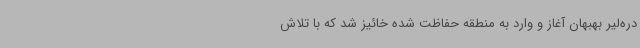
دره‌لیر بهبهان آغاز و وارد به منطقه حفاظت شده خائیز شد که با تلاش